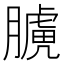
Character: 𦡑